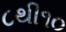
૮થી૧૦